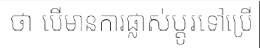
ថា បើមានការផ្លាស់ប្តូរទៅប្រើ